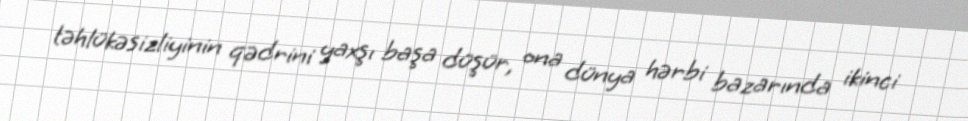
təhlükəsizliyinin qədrini yaxşı başa düşür, ona dünya hərbi bazarında ikinci